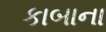
કાબાના